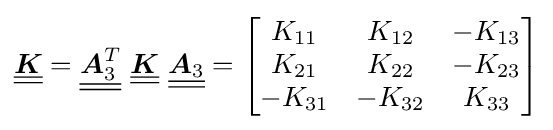
{\underline {\underline {\boldsymbol {K}}}}={\underline {\underline {{\boldsymbol {A}}_{3}^{T}}}}~{\underline {\underline {\boldsymbol {K}}}}~{\underline {\underline {{\boldsymbol {A}}_{3}}}}={\begin{bmatrix}K_{11}&K_{12}&-K_{13}\\K_{21}&K_{22}&-K_{23}\\-K_{31}&-K_{32}&K_{33}\end{bmatrix}}